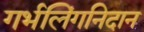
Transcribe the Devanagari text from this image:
गर्भलिंगनिदान